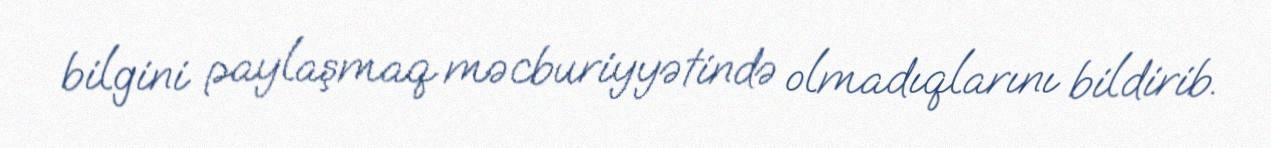
bilgini paylaşmaq məcburiyyətində olmadıqlarını bildirib.